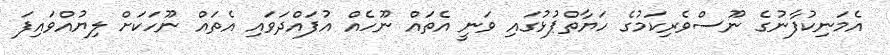
އެމަނިކުފާނުގެ ނޫސްވެރިކަމުގެ ހަޔާތްޕުޅުގައި ވަނީ އެތައް ނޫހެއް އުފައްދަވައި އެތައް ނޫހަކަށް ލިޔުއްވައިފަ